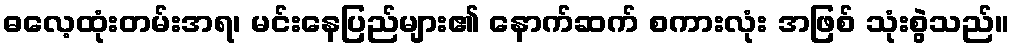
ဓလေ့ထုံးတမ်းအရ၊ မင်းနေပြည်များ၏ နောက်ဆက် စကားလုံး အဖြစ် သုံးစွဲသည်။